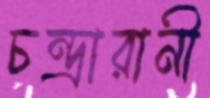
চন্দ্রারানী